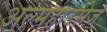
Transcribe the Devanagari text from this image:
अल्महाउसेज